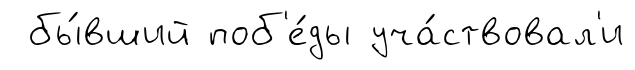
бы́вший поб'е́ды уча́ствовал'и